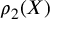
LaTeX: \rho _ { 2 } ( X )